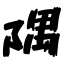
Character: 隅